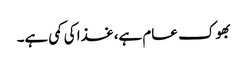
بھوک عام ہے، غذا کی کمی ہے۔